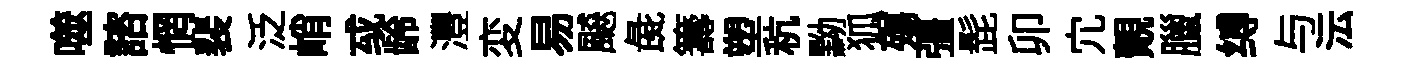
噬諮惘裴泛峭㦯龄灃変易飇彘籌塑秔黝狐殤彊髭卯宂覿臘缚与沄